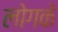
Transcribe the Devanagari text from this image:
लोगके